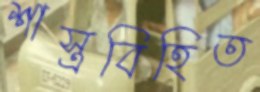
শাস্ত্রবিহিত